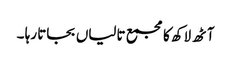
آٹھ لاکھ کا مجمع تالیاں بجاتا رہا ۔